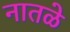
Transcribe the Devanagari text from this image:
नातळे